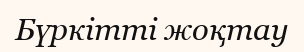
Бүркітті жоқтау